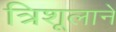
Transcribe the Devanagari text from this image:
त्रिशूलाने